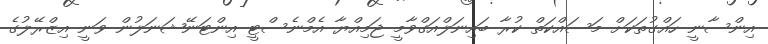
އިންސާނީ ހައްގުތަކަށް މަސައްކަތް ކުރާ ބައިނަލްއަގްވާމީ ޖަމިއްޔާ އެމްނެސްޓީ އިންޓަނޭޝަނަލުން ވަނީ އިޒްރޭލުގެ